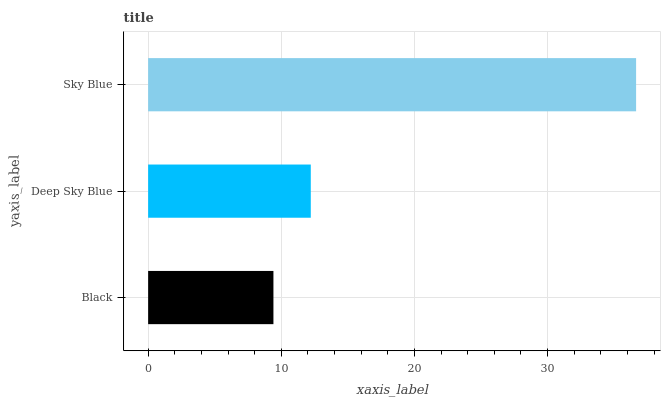
| yaxis_label | bars |
 | --- | --- |
 | Black | 9.41 |
 | Deep Sky Blue | 12.2 |
 | Sky Blue | 36.6 |